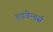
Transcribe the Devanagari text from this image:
एडवेन्चर्स